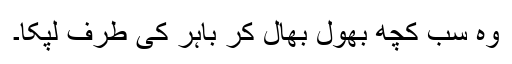
وہ سب کچھ بھول بھال کر باہر کی طرف لپکا۔